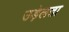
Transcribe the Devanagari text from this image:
उड़ेलता